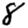
Digit: 8